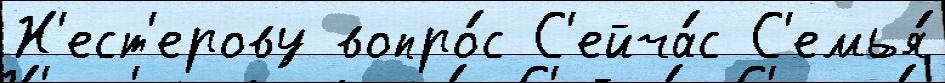
Н'ест'ерову вопро́с С'ейча́с С'емья́